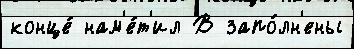
конце́ нам'е́т'ил В запо́лн'ены